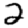
Digit: 2